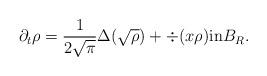
LaTeX: \begin{align*}\partial_t\rho = \frac{1}{2\sqrt{\pi}} \Delta(\sqrt{\rho}) + \div(x\rho) \mbox{in}B_R.\end{align*}